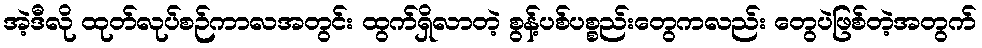
အဲ့ဒီလို ထုတ်လုပ်စဉ်ကာလအတွင်း ထွက်ရှိလာတဲ့ စွန့်ပစ်ပစ္စည်းတွေကလည်း တွေပဲဖြစ်တဲ့အတွက်